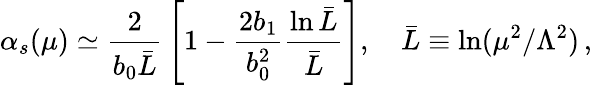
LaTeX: \alpha_{s}(\mu)\simeq{\frac{2}{b_{0}\bar{L}}}\left[1-\frac{2b_{1}}{b_{0}^{2}}\frac{\ln\bar{L}}{\bar{L}}\right],\quad\bar{L}\equiv\ln(\mu^{2}/\Lambda^{2})\, ,